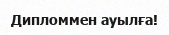
Дипломмен ауылға!